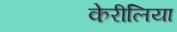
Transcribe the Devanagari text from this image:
केरीलिया